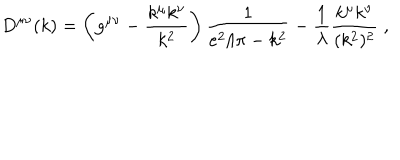
D ^ { \mu \nu } ( k ) = \left( g ^ { \mu \nu } - \frac { k ^ { \mu } k ^ { \nu } } { k ^ { 2 } } \right) \frac { 1 } { e ^ { 2 } / \pi - k ^ { 2 } } - \frac { 1 } { \lambda } \frac { k ^ { \mu } k ^ { \nu } } { ( k ^ { 2 } ) ^ { 2 } } \; ,